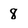
Character: 8